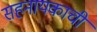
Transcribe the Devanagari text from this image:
सहनायकाची